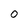
Character: 0